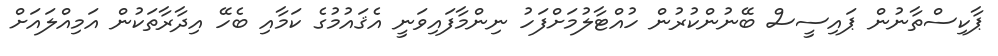
ޕާކިސްތާނުން ޕައިސީސް ބޭނުންކުރުން ހުއްޓާލުމަށްފަހު ނިންމާފައިވަނީ އެޤައުމުގެ ކަމާއި ބެހޭ އިދާރާތަކުން އަމިއްލައަށް